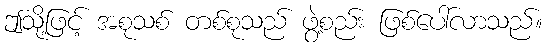
ဤသို့ဖြင့် အစုသစ် တစ်စုသည် ဖွဲ့စည်း ဖြစ်ပေါ်လာသည်။